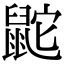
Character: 鼧